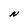
Character: N